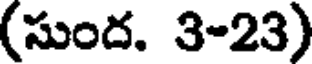
(సుంద. 3-23)